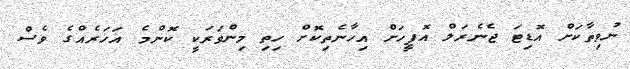
ނުވިތާކަށް އޮޑިޓަ ޖެނެރަލް އޮފީހަށް އިހާނެތިކޮށް ހިތި މިންވަރަކީ ކޮންމެ އަހަރެއްގެ ވެސް